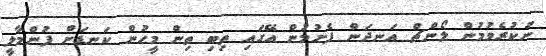
ނުކުރެވުމުން ލޯންޗް އަނދަން ފެށުމުން އޭގައި ތިބި ތިން މީހުން ކަނޑަށް ފުންމާލީ